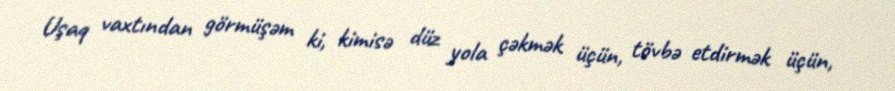
Uşaq vaxtından görmüşəm ki, kimisə düz yola çəkmək üçün, tövbə etdirmək üçün,